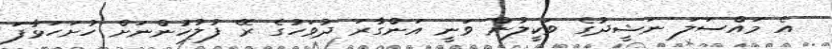
އެ މައްސަލަ ނަޝީދުގެ ވަކީލުން ވަނީ އަންގާރަ ދުވަހުގެ ރޭ ފުލުހުންނަށް ހުށަހަޅާފަ